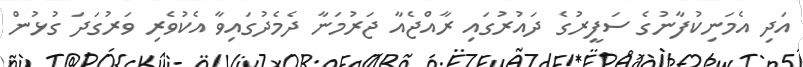
އަދި އެމަނިކުފާނުގެ ސަފީރުގެ ދައުރުގައި ރާއްޖެއާ ޖަރުމަނާ ދެމެދުގައިވާ އެކުވެރި ވަރުގަދަ ގުޅުން